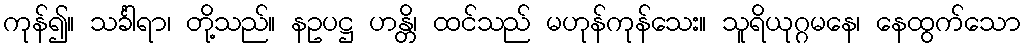
ကုန်၍။ သင်္ခါရာ၊ တို့သည်။ နဥပဋ္ဌ ဟန္တိ၊ ထင်သည် မဟုန်ကုန်သေး။ သူရိယုဂ္ဂမနေ၊ နေထွက်သော